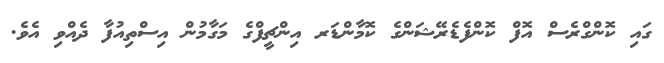
ގައި ކޮންގްރެސް އޮފް ކޮންފެޑެރޭޝަންގެ ކޮމާންޑަރ އިންޗީފްގެ މަގާމުން އިސްތިއުފާ ދެއްވި އެވެ.